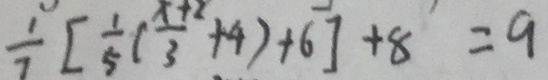
\frac { 1 } { 7 } [ \frac { 1 } { 5 } ( \frac { x + 2 } { 3 } + 4 ) + 6 ] + 8 = 9